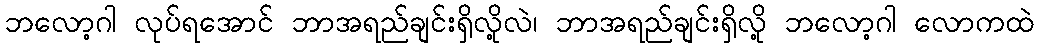
ဘလော့ဂါ လုပ်ရအောင် ဘာအရည်ချင်းရှိလို့လဲ၊ ဘာအရည်ချင်းရှိလို့ ဘလော့ဂါ လောကထဲ